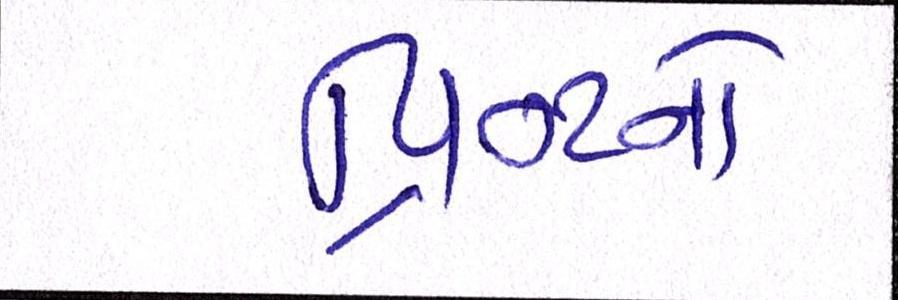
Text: પ્રિન્ટનો